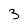
Character: 3